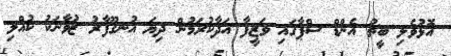
އޮޅުވެލި ބީޗު އެންޑް ސްޕާގައި ވަޒީފާ އަދާކުރަމުން ދިޔަ އުނގޫފާރު ޒުވާނަކު ކުއްލި